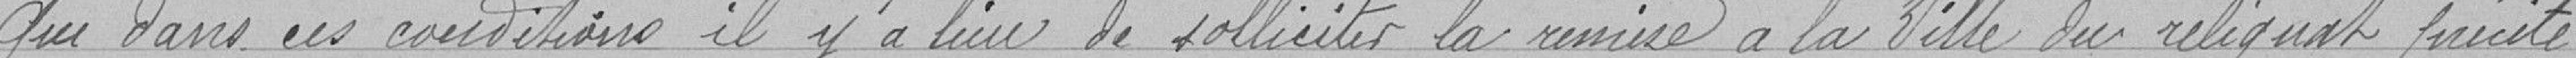
Que dans ces conditions, il y a lieu de solliciter la remise à la Ville du reliquat présenté